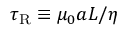
\tau _ { \mathrm { R } } \equiv \mu _ { 0 } a L / \eta